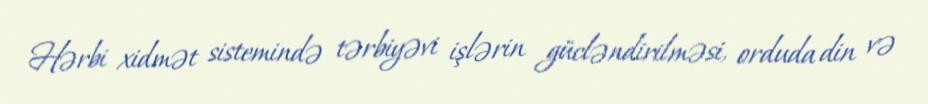
Hərbi xidmət sistemində tərbiyəvi işlərin gücləndirilməsi, orduda din və